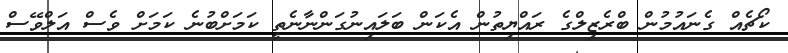
ކޯޗެއް ގެނައުމުން ބްރެޒިލްގެ ރައްޔިތުން އެކަން ބަލައިނުގަންނާނެތީ ކަމަށްބުނެ ކަމަށް ވެސް އަލްވޭސް